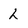
Character: h